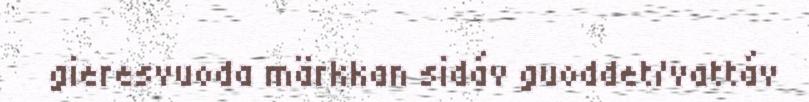
gieresvuoda märkkan sidáv guoddet/vattáv